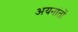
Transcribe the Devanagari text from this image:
अयनांतों